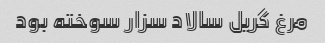
مرغ گریل سالاد سزار سوخته بود